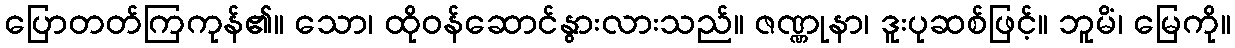
ပြောတတ်ကြကုန်၏။ သော၊ ထိုဝန်ဆောင်နွားလားသည်။ ဇဏ္ဏုနာ၊ ဒူးပုဆစ်ဖြင့်။ ဘူမိံ၊ မြေကို။